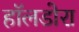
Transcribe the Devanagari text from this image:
हॉलडोरा